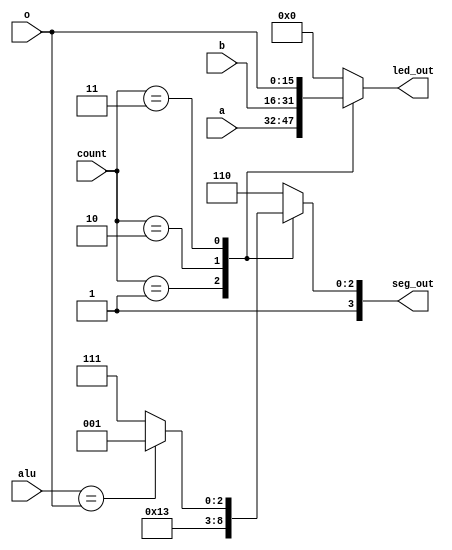
module sequential_display_4 (
    input [1:0] count,
    input [15:0] a,
    input [15:0] b,
    input [15:0] o,
    input [15:0] alu,
    output reg [15:0] led_out,
    output reg [3:0] seg_out
  );
  
  
  
  always @* begin
    
    case (count)
      2'h1: begin
        led_out = {a[8+7-:8], a[0+7-:8]};
        seg_out = 4'ha;
      end
      2'h2: begin
        led_out = {b[8+7-:8], b[0+7-:8]};
        seg_out = 4'hb;
      end
      2'h3: begin
        led_out = {o[8+7-:8], o[0+7-:8]};
        if (alu == o) begin
          seg_out = 4'h9;
        end else begin
          seg_out = 4'hf;
        end
      end
      default: begin
        led_out = 16'h0000;
        seg_out = 4'he;
      end
    endcase
  end
endmodule